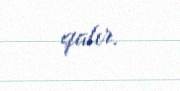
qalır.